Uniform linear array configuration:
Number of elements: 8
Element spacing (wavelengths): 0.75
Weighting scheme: exponential
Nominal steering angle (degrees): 30
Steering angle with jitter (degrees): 29.504
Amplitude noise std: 0.05
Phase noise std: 0.05

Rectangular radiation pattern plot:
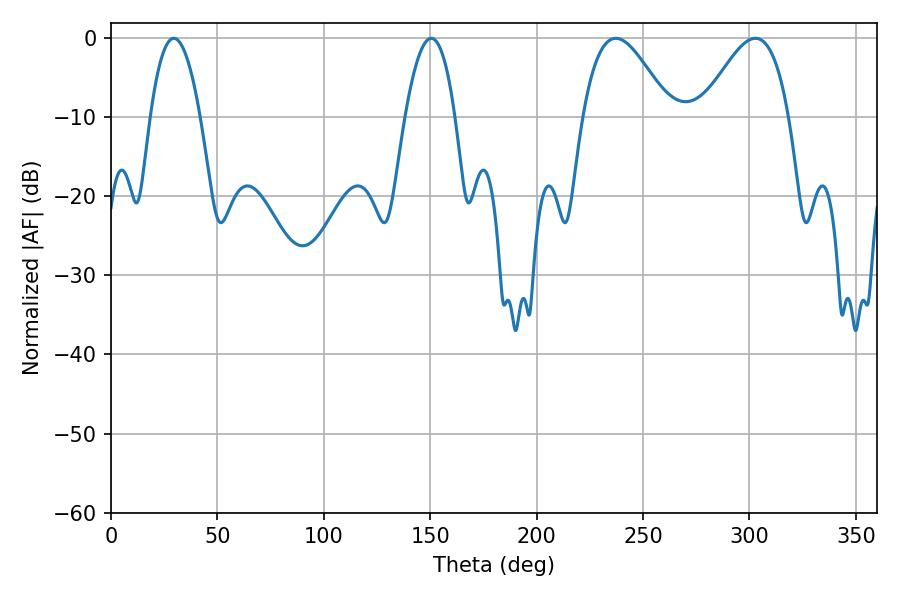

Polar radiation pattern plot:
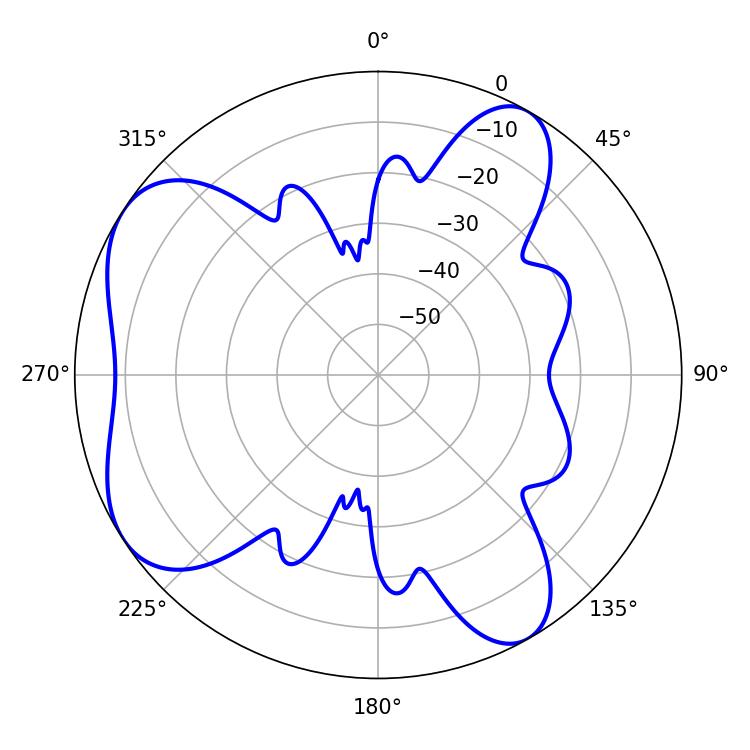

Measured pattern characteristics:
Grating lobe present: TRUE
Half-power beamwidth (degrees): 12.96
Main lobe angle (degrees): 29.52